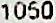
1050